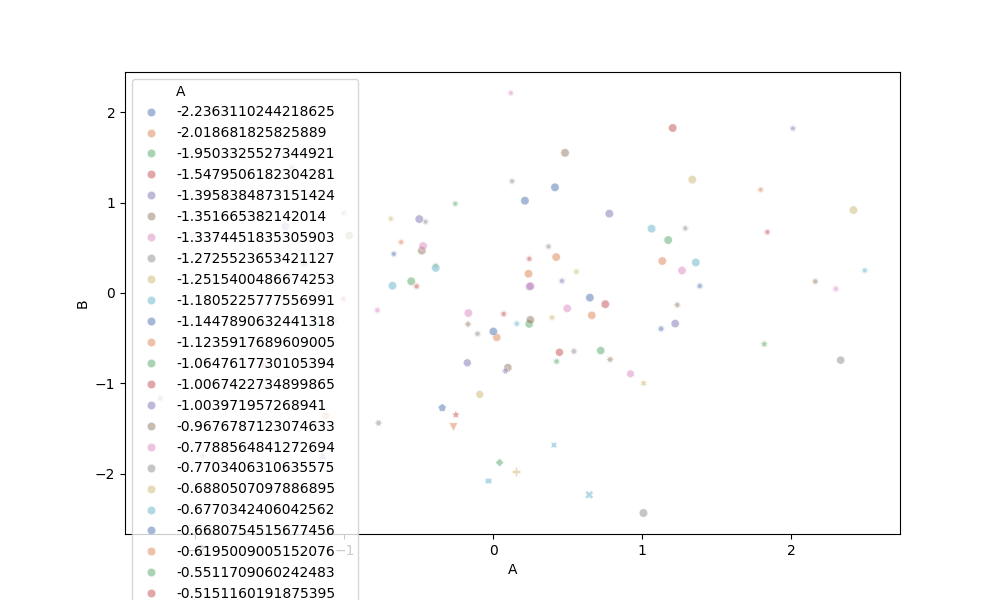
python, seaborn, scatterplot, hue='A', style='B', size='None', palette='deep', alpha=0.5